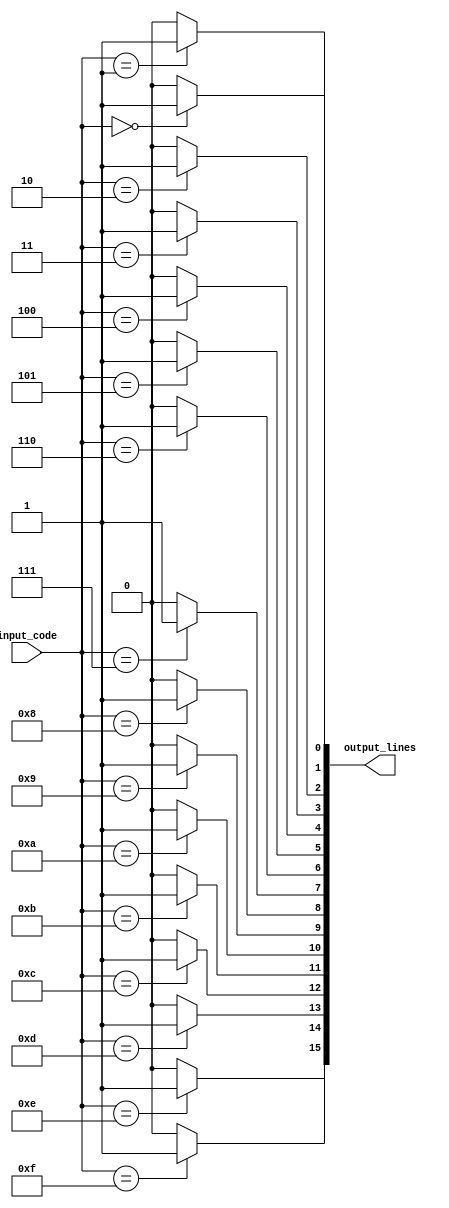
module decoder_4to16 (
    input [3:0] input_code, // 4-bit input code
    output [15:0] output_lines // 16 output lines
);

assign output_lines[0] = (input_code == 4'b0000) ? 1'b1 : 1'b0;
assign output_lines[1] = (input_code == 4'b0001) ? 1'b1 : 1'b0;
assign output_lines[2] = (input_code == 4'b0010) ? 1'b1 : 1'b0;
assign output_lines[3] = (input_code == 4'b0011) ? 1'b1 : 1'b0;
assign output_lines[4] = (input_code == 4'b0100) ? 1'b1 : 1'b0;
assign output_lines[5] = (input_code == 4'b0101) ? 1'b1 : 1'b0;
assign output_lines[6] = (input_code == 4'b0110) ? 1'b1 : 1'b0;
assign output_lines[7] = (input_code == 4'b0111) ? 1'b1 : 1'b0;
assign output_lines[8] = (input_code == 4'b1000) ? 1'b1 : 1'b0;
assign output_lines[9] = (input_code == 4'b1001) ? 1'b1 : 1'b0;
assign output_lines[10] = (input_code == 4'b1010) ? 1'b1 : 1'b0;
assign output_lines[11] = (input_code == 4'b1011) ? 1'b1 : 1'b0;
assign output_lines[12] = (input_code == 4'b1100) ? 1'b1 : 1'b0;
assign output_lines[13] = (input_code == 4'b1101) ? 1'b1 : 1'b0;
assign output_lines[14] = (input_code == 4'b1110) ? 1'b1 : 1'b0;
assign output_lines[15] = (input_code == 4'b1111) ? 1'b1 : 1'b0;

endmodule